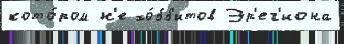
кото́ром н'е хо́бб'итов Эр'ег'иона